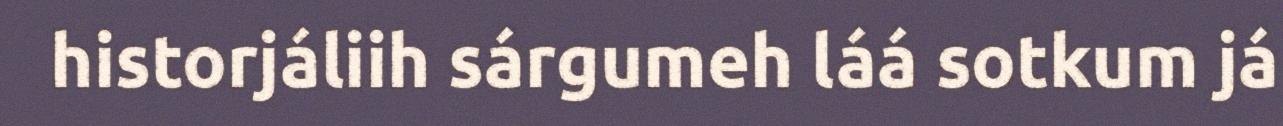
historjáliih sárgumeh láá sotkum já